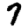
Digit: 7